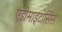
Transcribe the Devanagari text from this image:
एंडोमाइटोसिस